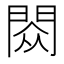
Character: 閦